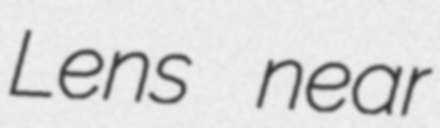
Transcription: Lens near